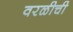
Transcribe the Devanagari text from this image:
वरळीची